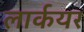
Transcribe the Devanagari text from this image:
लार्कयर